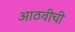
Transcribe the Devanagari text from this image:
आठवीची